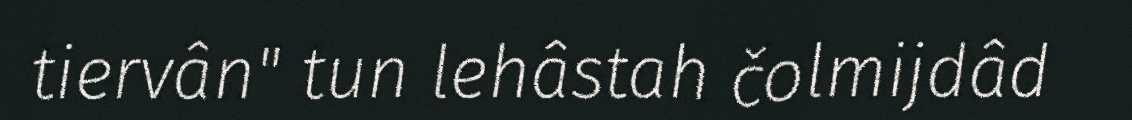
tiervân" tun lehâstah čolmijdâd